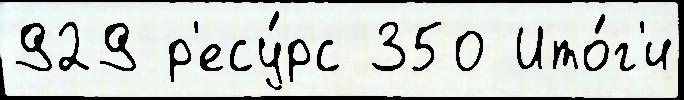
929 р'есу́рс 350 Ито́г'и